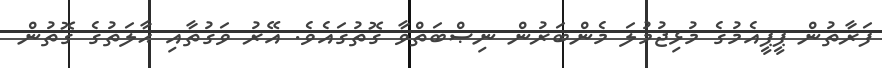
ފަރާތުން ޕީޕީއެމުގެ މުޅިޖުމުލަ މެންބަރުން ނިޞްބަތްވާ ގޮތުގައެވެ. އޭރު ވަގުތާއި ޙާލަތުގެ ގޮތުން